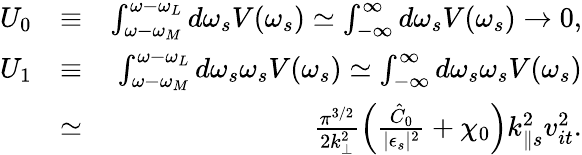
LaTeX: \begin{array}{rlr}{U_{0}}&{\equiv}&{\int_{\omega-\omega_{M}}^{\omega-\omega_{L}}d\omega_{s}V(\omega_{s})\simeq\int_{-\infty}^{\infty}d\omega_{s}V(\omega_{s})\rightarrow 0,}\\ {U_{1}}&{\equiv}&{\int_{\omega-\omega_{M}}^{\omega-\omega_{L}}d\omega_{s}\omega_{s}V(\omega_{s})\simeq\int_{-\infty}^{\infty}d\omega_{s}\omega_{s}V(\omega_{s})}\\ &{\simeq}&{\frac{\pi^{3/2}}{2k_{\perp}^{2}}\left(\frac{\hat{C}_{0}}{\lvert\epsilon_{s}\rvert^{2}}+\chi_{0}\right)k_{\parallel s}^{2}v_{it}^{2}.}\end{array}